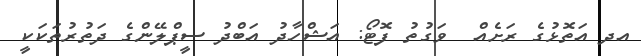
އދ އަތޮޅުގެ ރަށެއް  ވަގުތު ފޮޓޯ: އަޝްހާދު އަބްދު ސީޕްލޭންގެ ދަތުރުތަކަކީ